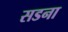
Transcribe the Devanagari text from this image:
सडना